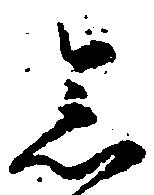
念